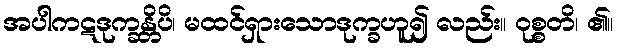
အပါကဋဒုက္ခန္တိပိ၊ မထင်ရှားသောဒုက္ခဟူ၍ လည်း။ ဝုစ္စတိ၊ ၏။